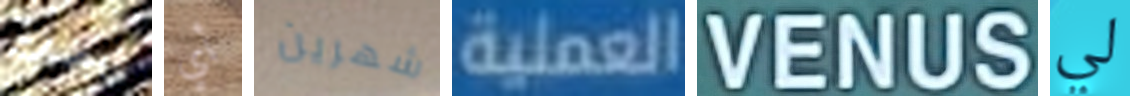
نبضات أي شهرين العملية VENUS لي